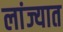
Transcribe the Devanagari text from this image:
लांज्यात